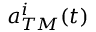
a _ { T M } ^ { i } ( t )